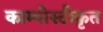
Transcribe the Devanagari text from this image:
काम्पोस्टीकृत